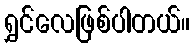
ရွှင်လေဖြစ်ပါတယ်။